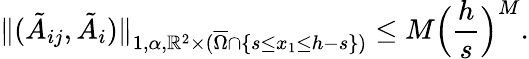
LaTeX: \| (\tilde{A}_{ij},\tilde{A}_{i})\| _{1,\alpha,\mathbb{R}^{2}\times(\overline{{\Omega}}\cap\{ s\leq x_{1}\leq h-s\} )}\leq M\Big(\frac{h}{s}\Big)^{M}.